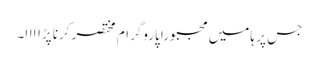
جس پر ہامیں مجبورا پاروگرام مختصر کرنا پڑاااا۔